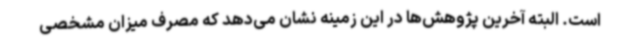
است. البته آخرین پژوهش‌ها در این زمینه نشان می‌دهد که مصرف میزان مشخصی